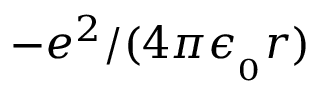
\textstyle - e ^ { 2 } / ( 4 \pi \epsilon _ { _ { 0 } } r )